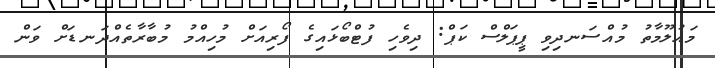
މައުލޫމާތު މުއްސަނދިވި ޕީޕަލްސް ކަޕް: ދިވެހި ފުޓްބޯޅައިގެ ފޯރިއަށް މުހިއްމު މުބާރާތެއްދަނޑަށް ވަން